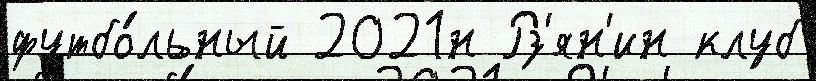
футбо́льный 2021н Рз'ян'ин клуб